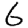
Digit: 6